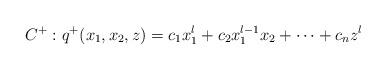
LaTeX: \begin{align*} C^{+} : q^{+}(x_1, x_2, z) = c_1 x_1^l + c_2 x_1^{l-1}x_2 + \cdots +c_{n} z^l \end{align*}